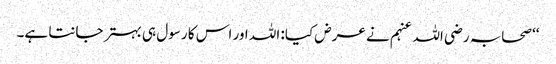
‘‘ صحابہ رضی اللہ عنہم نے عرض کیا: اللہ اور اس کا رسول ہی بہتر جانتا ہے۔